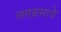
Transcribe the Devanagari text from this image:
लगक्रमाचे